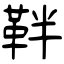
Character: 靽